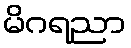
မိဂရညာ